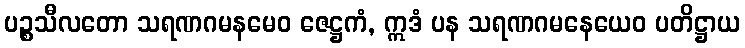
ပဉ္စသီလတော သရဏဂမနမေဝ ဇေဋ္ဌကံ, ဣဒံ ပန သရဏဂမနေယေဝ ပတိဋ္ဌာယ